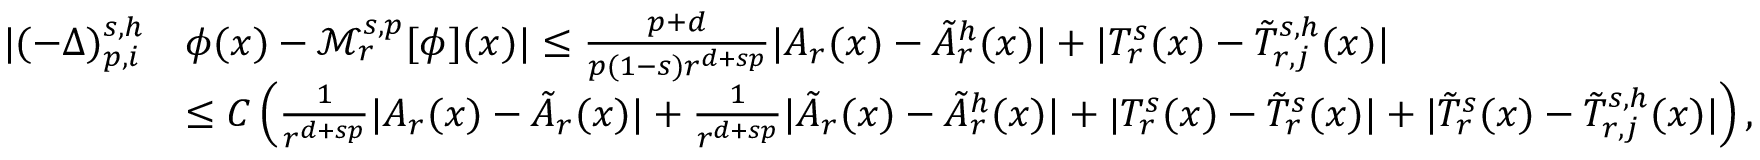
\begin{array} { r l } { | ( - \Delta ) _ { p , i } ^ { s , h } } & { \phi ( x ) - \mathcal { M } _ { r } ^ { s , p } [ \phi ] ( x ) | \leq \frac { p + d } { p ( 1 - s ) r ^ { d + s p } } | A _ { r } ( x ) - \tilde { A } _ { r } ^ { h } ( x ) | + | T _ { r } ^ { s } ( x ) - \tilde { T } _ { r , j } ^ { s , h } ( x ) | } \\ & { \leq C \left( \frac { 1 } { r ^ { d + s p } } | A _ { r } ( x ) - \tilde { A } _ { r } ( x ) | + \frac { 1 } { r ^ { d + s p } } | \tilde { A } _ { r } ( x ) - \tilde { A } _ { r } ^ { h } ( x ) | + | T _ { r } ^ { s } ( x ) - \tilde { T } _ { r } ^ { s } ( x ) | + | \tilde { T } _ { r } ^ { s } ( x ) - \tilde { T } _ { r , j } ^ { s , h } ( x ) | \right) , } \end{array}